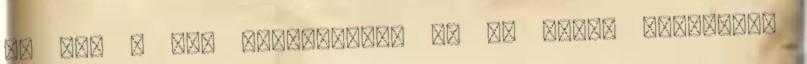
és edd a fák gyümölcsét, és ne szólj senkihez.